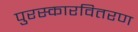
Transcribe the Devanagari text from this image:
पुरस्कारवितरण